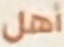
أهل